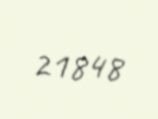
21848